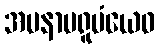
အမနာပရူပံယေဝ